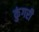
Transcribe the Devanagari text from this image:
कुंगरी